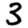
Digit: 3